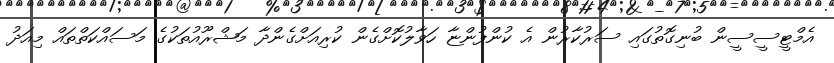
އެމްޓީސީސީން ބުނިގޮތުގައި ސަރުކާރުން އެ ކުންފުންޏާ ހަވާލުކޮށްގެން ކުރިއަށްގެންދާ މަޝްރޫއުތަކުގެ މަސައްކަތްތައް މިއަދު